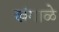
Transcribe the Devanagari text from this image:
खंगाळे